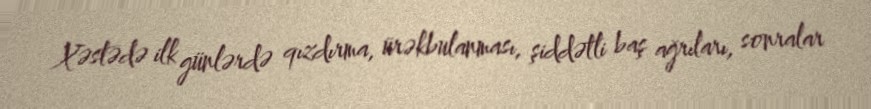
Xəstədə ilk günlərdə qızdırma, ürəkbulanması, şiddətli baş ağrıları, sonralar